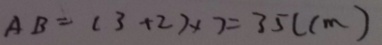
A B = ( 3 + 2 ) \times 7 = 3 5 ( c m )